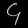
Digit: ၄